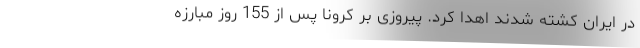
در ایران کشته شدند اهدا کرد. پیروزی بر کرونا پس از 155 روز مبارزه